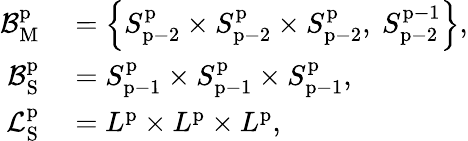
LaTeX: \begin{array}{rl}{\mathcal{B}_{\mathrm{M}}^{\mathrm{p}}}&{{}=\left\{ S_{\mathrm{p}-2}^{\mathrm{p}}\times S_{\mathrm{p}-2}^{\mathrm{p}}\times S_{\mathrm{p}-2}^{\mathrm{p}},\ S_{\mathrm{p}-2}^{\mathrm{p-1}}\right\} ,}\\ {\mathcal{B}_{\mathrm{S}}^{\mathrm{p}}}&{{}=S_{\mathrm{p}-1}^{\mathrm{p}}\times S_{\mathrm{p}-1}^{\mathrm{p}}\times S_{\mathrm{p}-1}^{\mathrm{p}},}\\ {\mathcal{L}_{\mathrm{S}}^{\mathrm{p}}}&{{}=L^{\mathrm{p}}\times L^{\mathrm{p}}\times L^{\mathrm{p}},}\end{array}